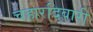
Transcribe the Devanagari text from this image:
चहारदिवारी